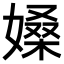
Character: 𡠏